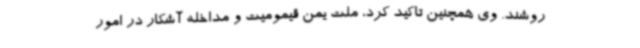
روشند. وی همچنین تاکید کرد، ملت یمن قیمومیت و مداخله آشکار در امور